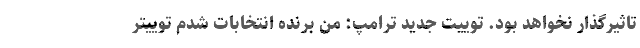
تاثیرگذار نخواهد بود. توییت جدید ترامپ: من برنده انتخابات شدم توییتر